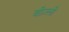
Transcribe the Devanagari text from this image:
बीज़्ली